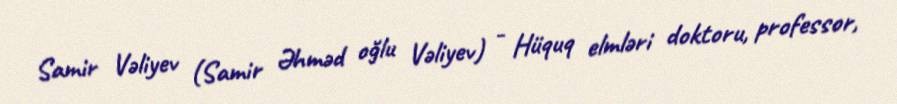
Samir Vəliyev (Samir Əhməd oğlu Vəliyev) - Hüquq elmləri doktoru, professor,